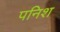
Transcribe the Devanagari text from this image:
पनिश